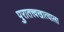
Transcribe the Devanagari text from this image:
पुरातत्त्वखात्याला